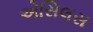
એસિલસ